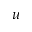
u